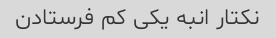
نکتار انبه یکی کم فرستادن